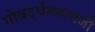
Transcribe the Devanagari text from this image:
गोवर्द्धननाथजी